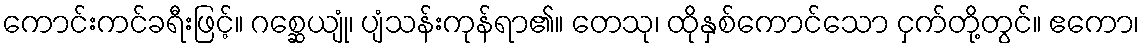
ကောင်းကင်ခရီးဖြင့်။ ဂစ္ဆေယျုံ၊ ပျံသန်းကုန်ရာ၏။ တေသု၊ ထိုနှစ်ကောင်သော ငှက်တို့တွင်။ ဧကော၊